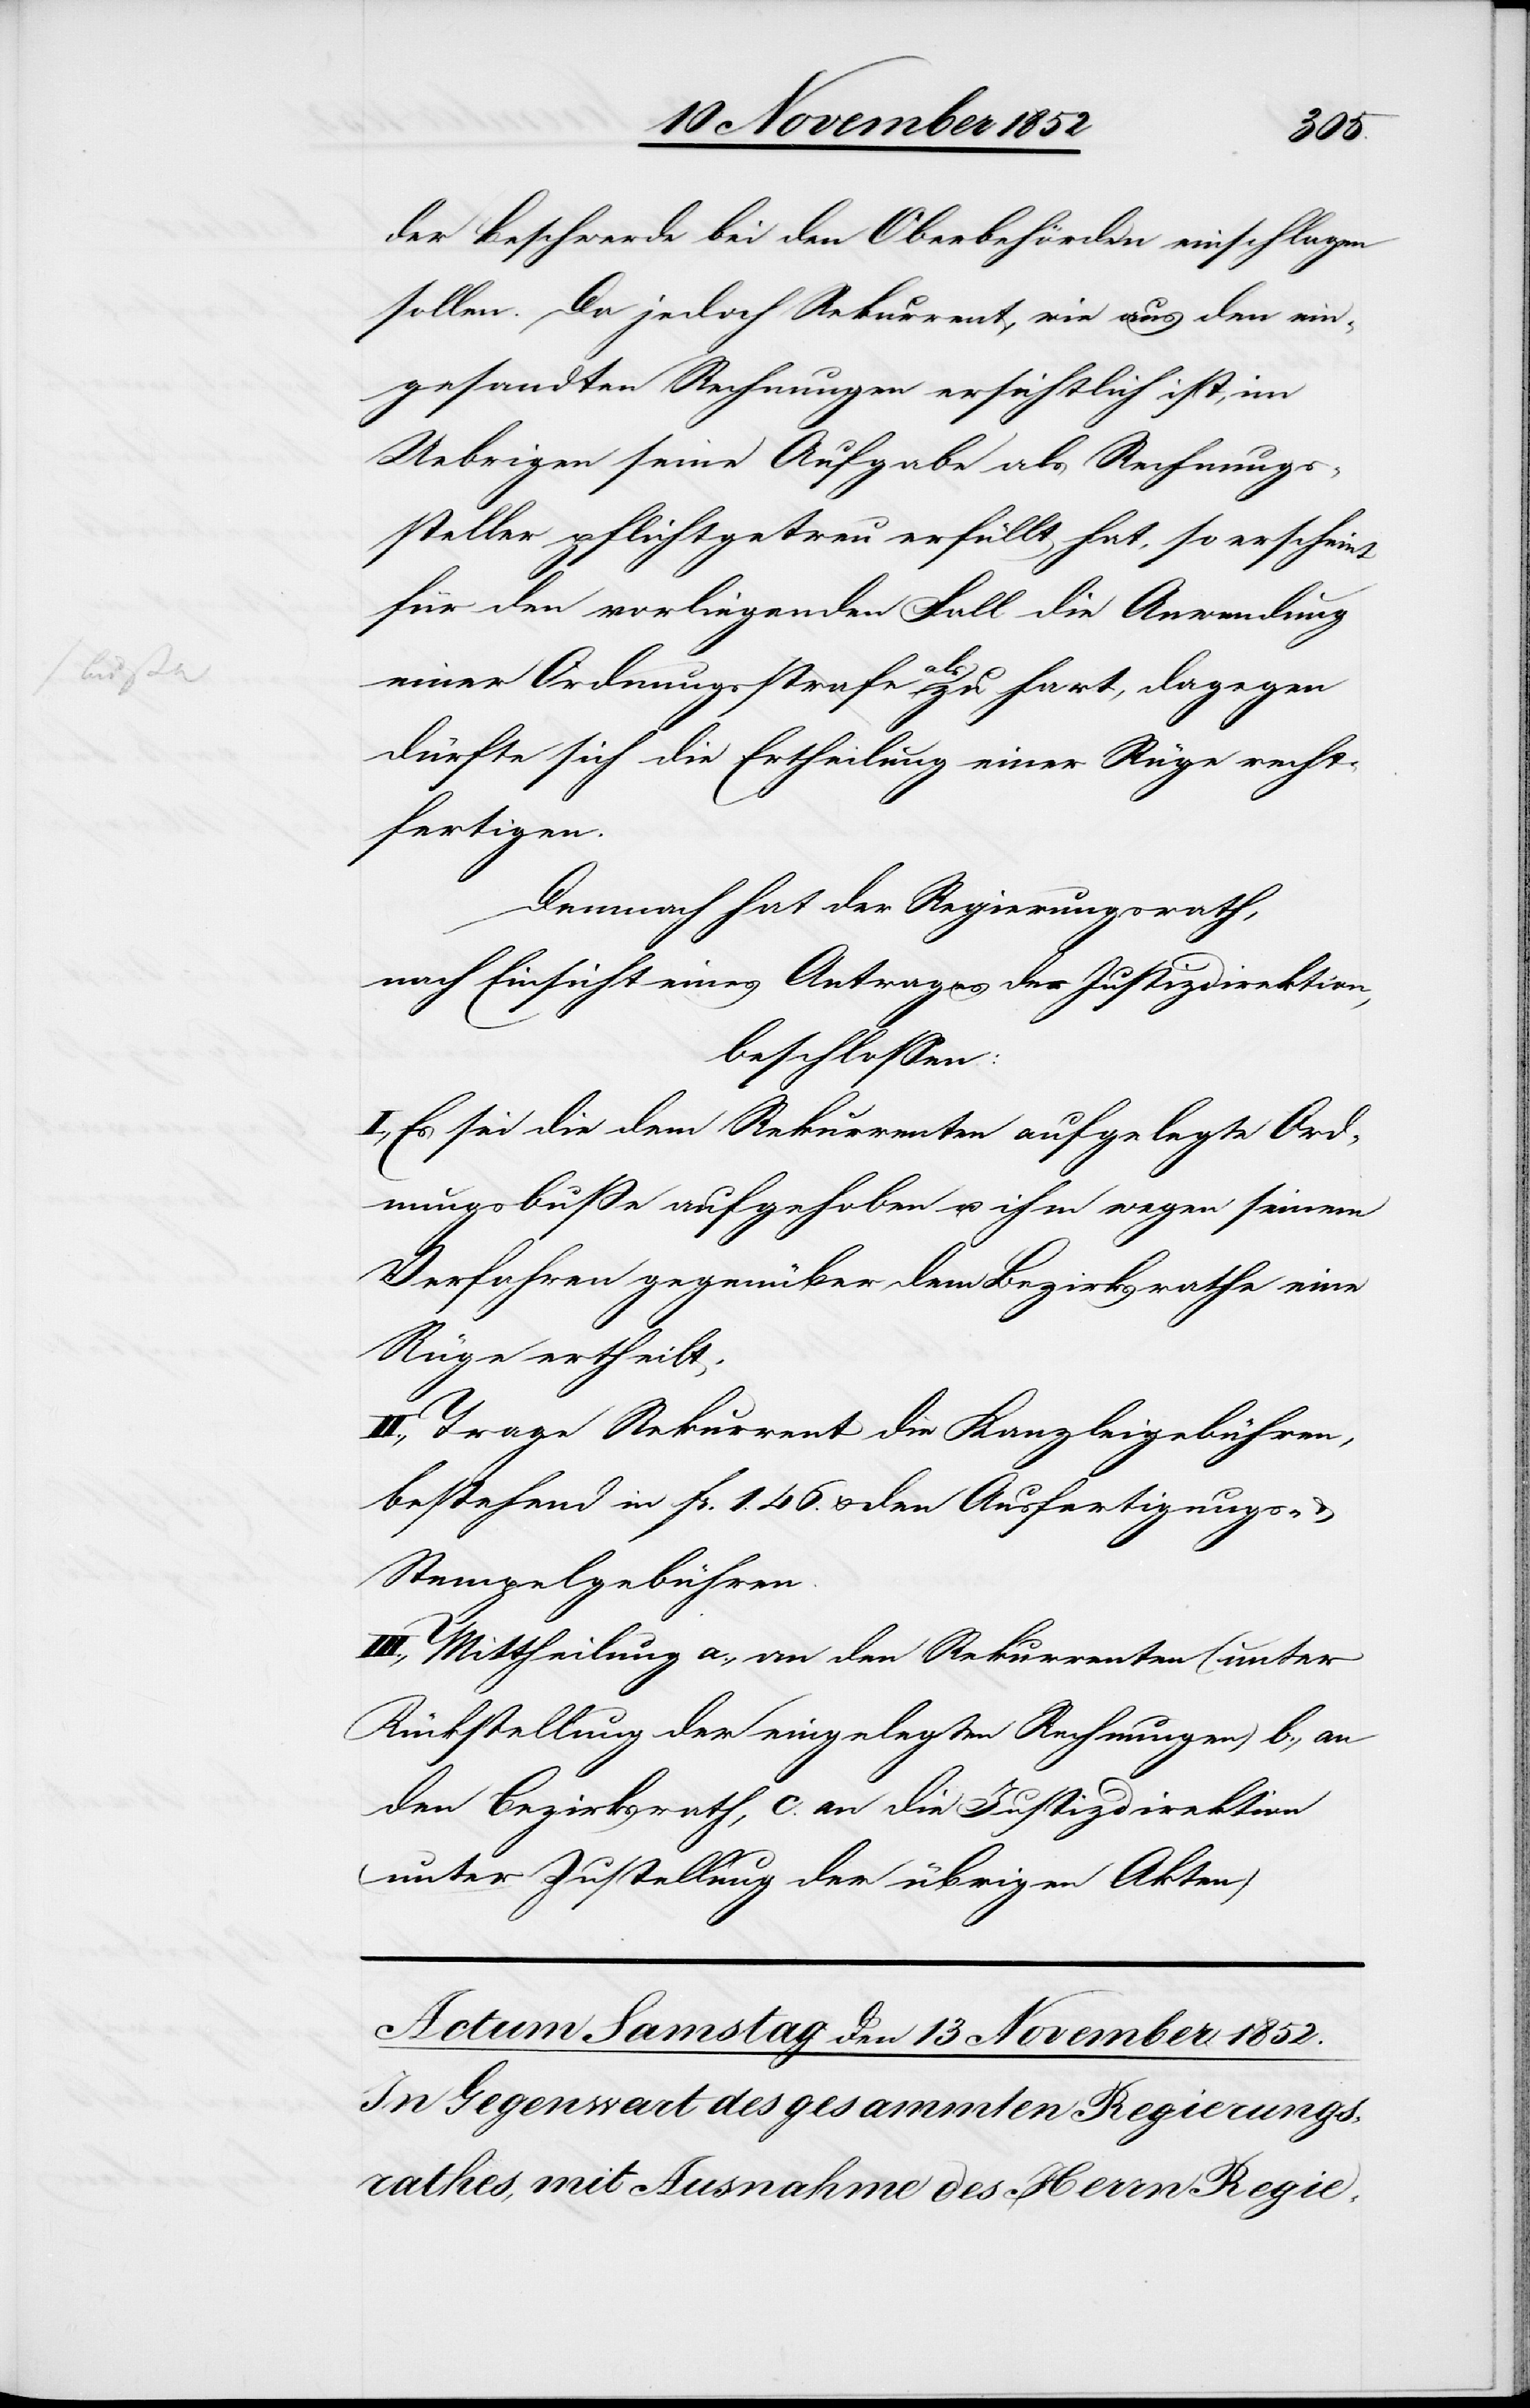
der Beschwerde bei den Oberbehörden einschlagen
sollen. Da jedoch Rekurrent, wie aus den ein¬
gesandten Rechnungen ersichtlich ist, im
Uebrigen seine Aufgabe als Rechnungs¬
steller pflichtgetreu erfüllt hat, so erscheint
für den vorliegenden Fall die Anwendung
einer Ordnungsstrafe als zu hart, dagegen
dürfte sich die Ertheilung einer Rüge recht¬
fertigen.
Demnach hat der Regierungsrath,
nach Einsicht eines Antrages der Justizdirektion,
beschlossen:
I., Es sei die dem Rekurrenten aufgelegte Ord¬
nungsbuße aufgehoben u. ihm wegen seinem
Verfahren gegenüber dem Bezirksrathe eine
Rüge ertheilt.
Trage Rekurrent die Kanzleigebühren,
bestehend in Fr. 1. 46. & den Ausfertigungs-
Stempelgebühren.
III., Mittheilung a., an den Rekurrenten (unter
Rückstellung der eingelegten Rechnungen) b., an
den Bezirksrath, c. an die Justizdirektion
(unter Zustellung der übrigen Akten)[.]